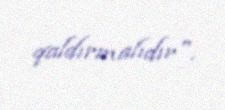
qaldırmalıdır".